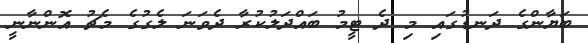
ބަޔާންގެ ދަނޑުގައި މި ދެ ޓީމު ބައްދަލުކުރާ ދެވަނަ ލެގުގެ މެޗު އޮންނާނީ